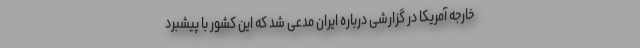
خارجه آمریکا در گزارشی درباره ایران مدعی شد که این کشور با پیشبرد